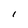
Character: l